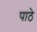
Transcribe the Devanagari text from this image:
पाठे